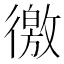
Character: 徼